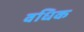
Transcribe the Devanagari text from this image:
वधिक